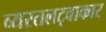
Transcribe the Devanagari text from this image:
व्यस्तलट्वाकार